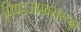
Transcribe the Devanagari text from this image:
पिण्डजप्रवरारूढ़ा